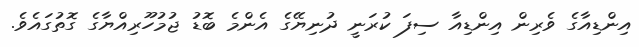
އިންޑިއާގެ ވެރިން އިންޑިއާ ސިފަ ކުރަނީ ދުނިޔޭގެ އެންމެ ބޮޑު ޖުމުހޫރިއްޔާގެ ގޮތުގައެވެ.